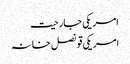
امریکی جارحیت
امریکی قونصل خانہ